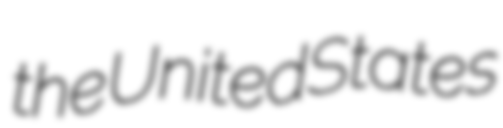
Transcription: the United States